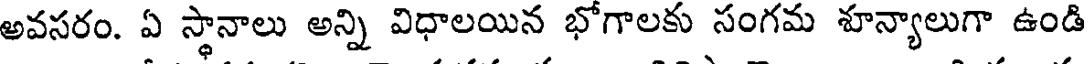
అవసరం. ఏ స్థానాలు అన్ని విధాలయిన భోగాలకు సంగమ శూన్యాలుగా ఉండి